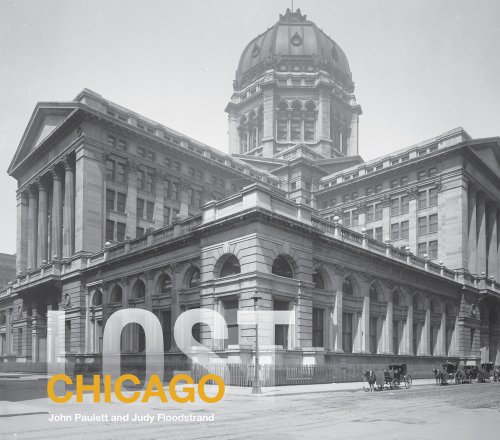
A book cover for Lost Chicago; John Paulett; Arts & Photography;